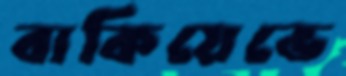
বাকিয়েভে